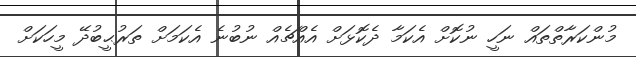
މުންކަރާތްތައް ނަހީ ނުކޮށް އެކަމާ ދެކޮޅަށް އެއްޗެއް ނުބުނެ އެކަމަށް ތަރުޙީބުދޭ މީހަކަށް